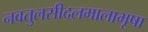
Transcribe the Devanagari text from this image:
नवतुलसीदलमालाभूषा